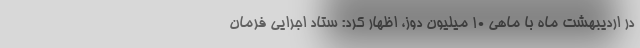
در اردیبهشت ماه با ماهی ۱۰ میلیون دوز، اظهار کرد: ستاد اجرایی فرمان